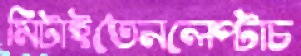
মিটাইতেনলেপ্‌টাচ